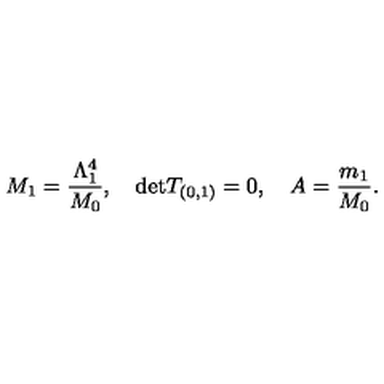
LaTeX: M _ { 1 } = \frac { \Lambda _ { 1 } ^ { 4 } } { M _ { 0 } } , \quad \mathrm { d e t } T _ { ( 0 , 1 ) } = 0 , \quad A = \frac { m _ { 1 } } { M _ { 0 } } .